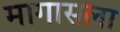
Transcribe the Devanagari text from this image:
मागासला